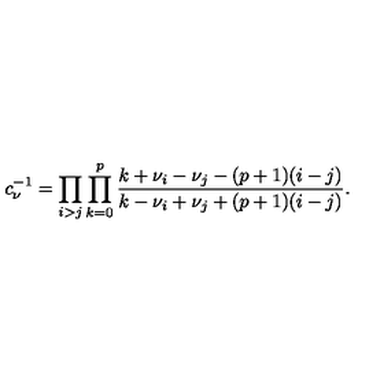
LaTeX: c _ { \nu } ^ { - 1 } = \prod _ { i > j } \prod _ { k = 0 } ^ { p } \frac { k + \nu _ { i } - \nu _ { j } - ( p + 1 ) ( i - j ) } { k - \nu _ { i } + \nu _ { j } + ( p + 1 ) ( i - j ) } .